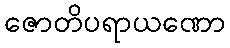
ဇောတိပရာယဏော